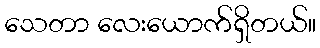
သေတာ လေးယောက်ရှိတယ်။